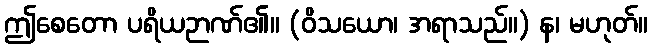
ဤစေတော ပရိယဉာဏ်၏။ (ဝိသယော၊ အရာသည်။) န၊ မဟုတ်။